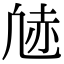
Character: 𫥠